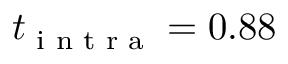
t _ { \textrm { i n t r a } } = 0 . 8 8